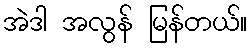
အဲဒါ အလွန် မြန်တယ်။